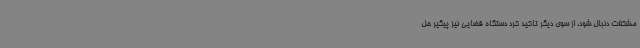
مشکلات دنبال شود، از سوی دیگر تاکید کرد دستگاه قضایی نیز پیگیر حل